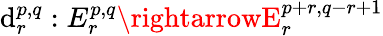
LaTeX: \mathrm{d}_{r}^{p,q}:E_{r}^{p,q}\rightarrowE_{r}^{p+r,q-r+1}